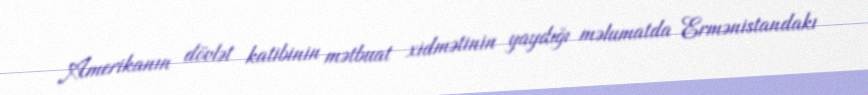
Amerikanın dövlət katibinin mətbuat xidmətinin yaydığı məlumatda Ermənistandakı